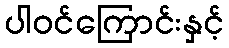
ပါဝင်ကြောင်းနှင့်